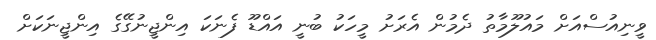
ވީނިއުސްއަށް މައުލޫމާތު ދެމުން އެރަށު މީހަކު ބުނީ އައްޑޫ ފެނަކަ އިންޖީނުގޭގެ އިންޖީނަކަށް